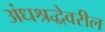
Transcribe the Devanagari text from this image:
अंधश्रद्धेवरील